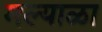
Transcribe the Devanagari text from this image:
मल्याळा